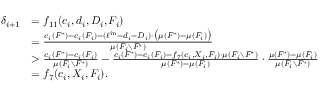
\begin{array} { r l } { \delta _ { i + 1 } } & { = f _ { 1 1 } ( c _ { i } , d _ { i } , D _ { i } , F _ { i } ) } \\ { } & { = \frac { c _ { i } ( F ^ { * } ) - c _ { i } ( F _ { i } ) - ( \ell ^ { \mathrm { i n } } - d _ { i } - D _ { i } ) \cdot \big ( \mu ( F ^ { * } ) - \mu ( F _ { i } ) \big ) } { \mu ( F _ { i } \setminus F ^ { * } ) } } \\ { } & { > \frac { c _ { i } ( F ^ { * } ) - c _ { i } ( F _ { i } ) } { \mu ( F _ { i } \setminus F ^ { * } ) } - \frac { c _ { i } ( F ^ { * } ) - c _ { i } ( F _ { i } ) - f _ { 7 } ( c _ { i } , X _ { i } , F _ { i } ) \cdot \mu ( F _ { i } \setminus F ^ { * } ) } { \mu ( F ^ { * } ) - \mu ( F _ { i } ) } \cdot \frac { \mu ( F ^ { * } ) - \mu ( F _ { i } ) } { \mu ( F _ { i } \setminus F ^ { * } ) } } \\ { } & { = f _ { 7 } ( c _ { i } , X _ { i } , F _ { i } ) . } \end{array}